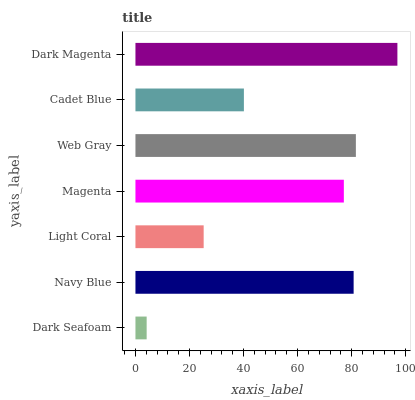
| yaxis_label | bars |
 | --- | --- |
 | Dark Seafoam | 4.15 |
 | Navy Blue | 80.7 |
 | Light Coral | 25.2 |
 | Magenta | 77.1 |
 | Web Gray | 81.6 |
 | Cadet Blue | 40.1 |
 | Dark Magenta | 96.9 |